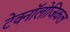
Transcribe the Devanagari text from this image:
टेक्नॉलोजिकल